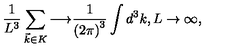
{ \frac { 1 } { L ^ { 3 } } } \sum _ { \vec { k } \in K } { \longrightarrow } { \frac { 1 } { { ( 2 \pi ) } ^ { 3 } } } \int d ^ { 3 } k , { L \rightarrow \infty } ,